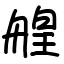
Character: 艎